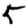
Digit: 5